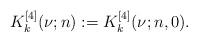
LaTeX: \begin{align*}K_k^{[4]}(\nu;n) := K_k^{[4]}(\nu;n,0).\end{align*}